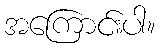
အကြောင်းပါ။